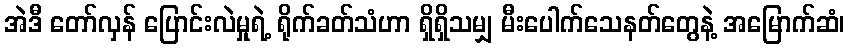
အဲဒီ တော်လှန် ပြောင်းလဲမှုရဲ့ ရိုက်ခတ်သံဟာ ရှိရှိသမျှ မီးပေါက်သေနတ်တွေနဲ့ အမြောက်ဆံ၊